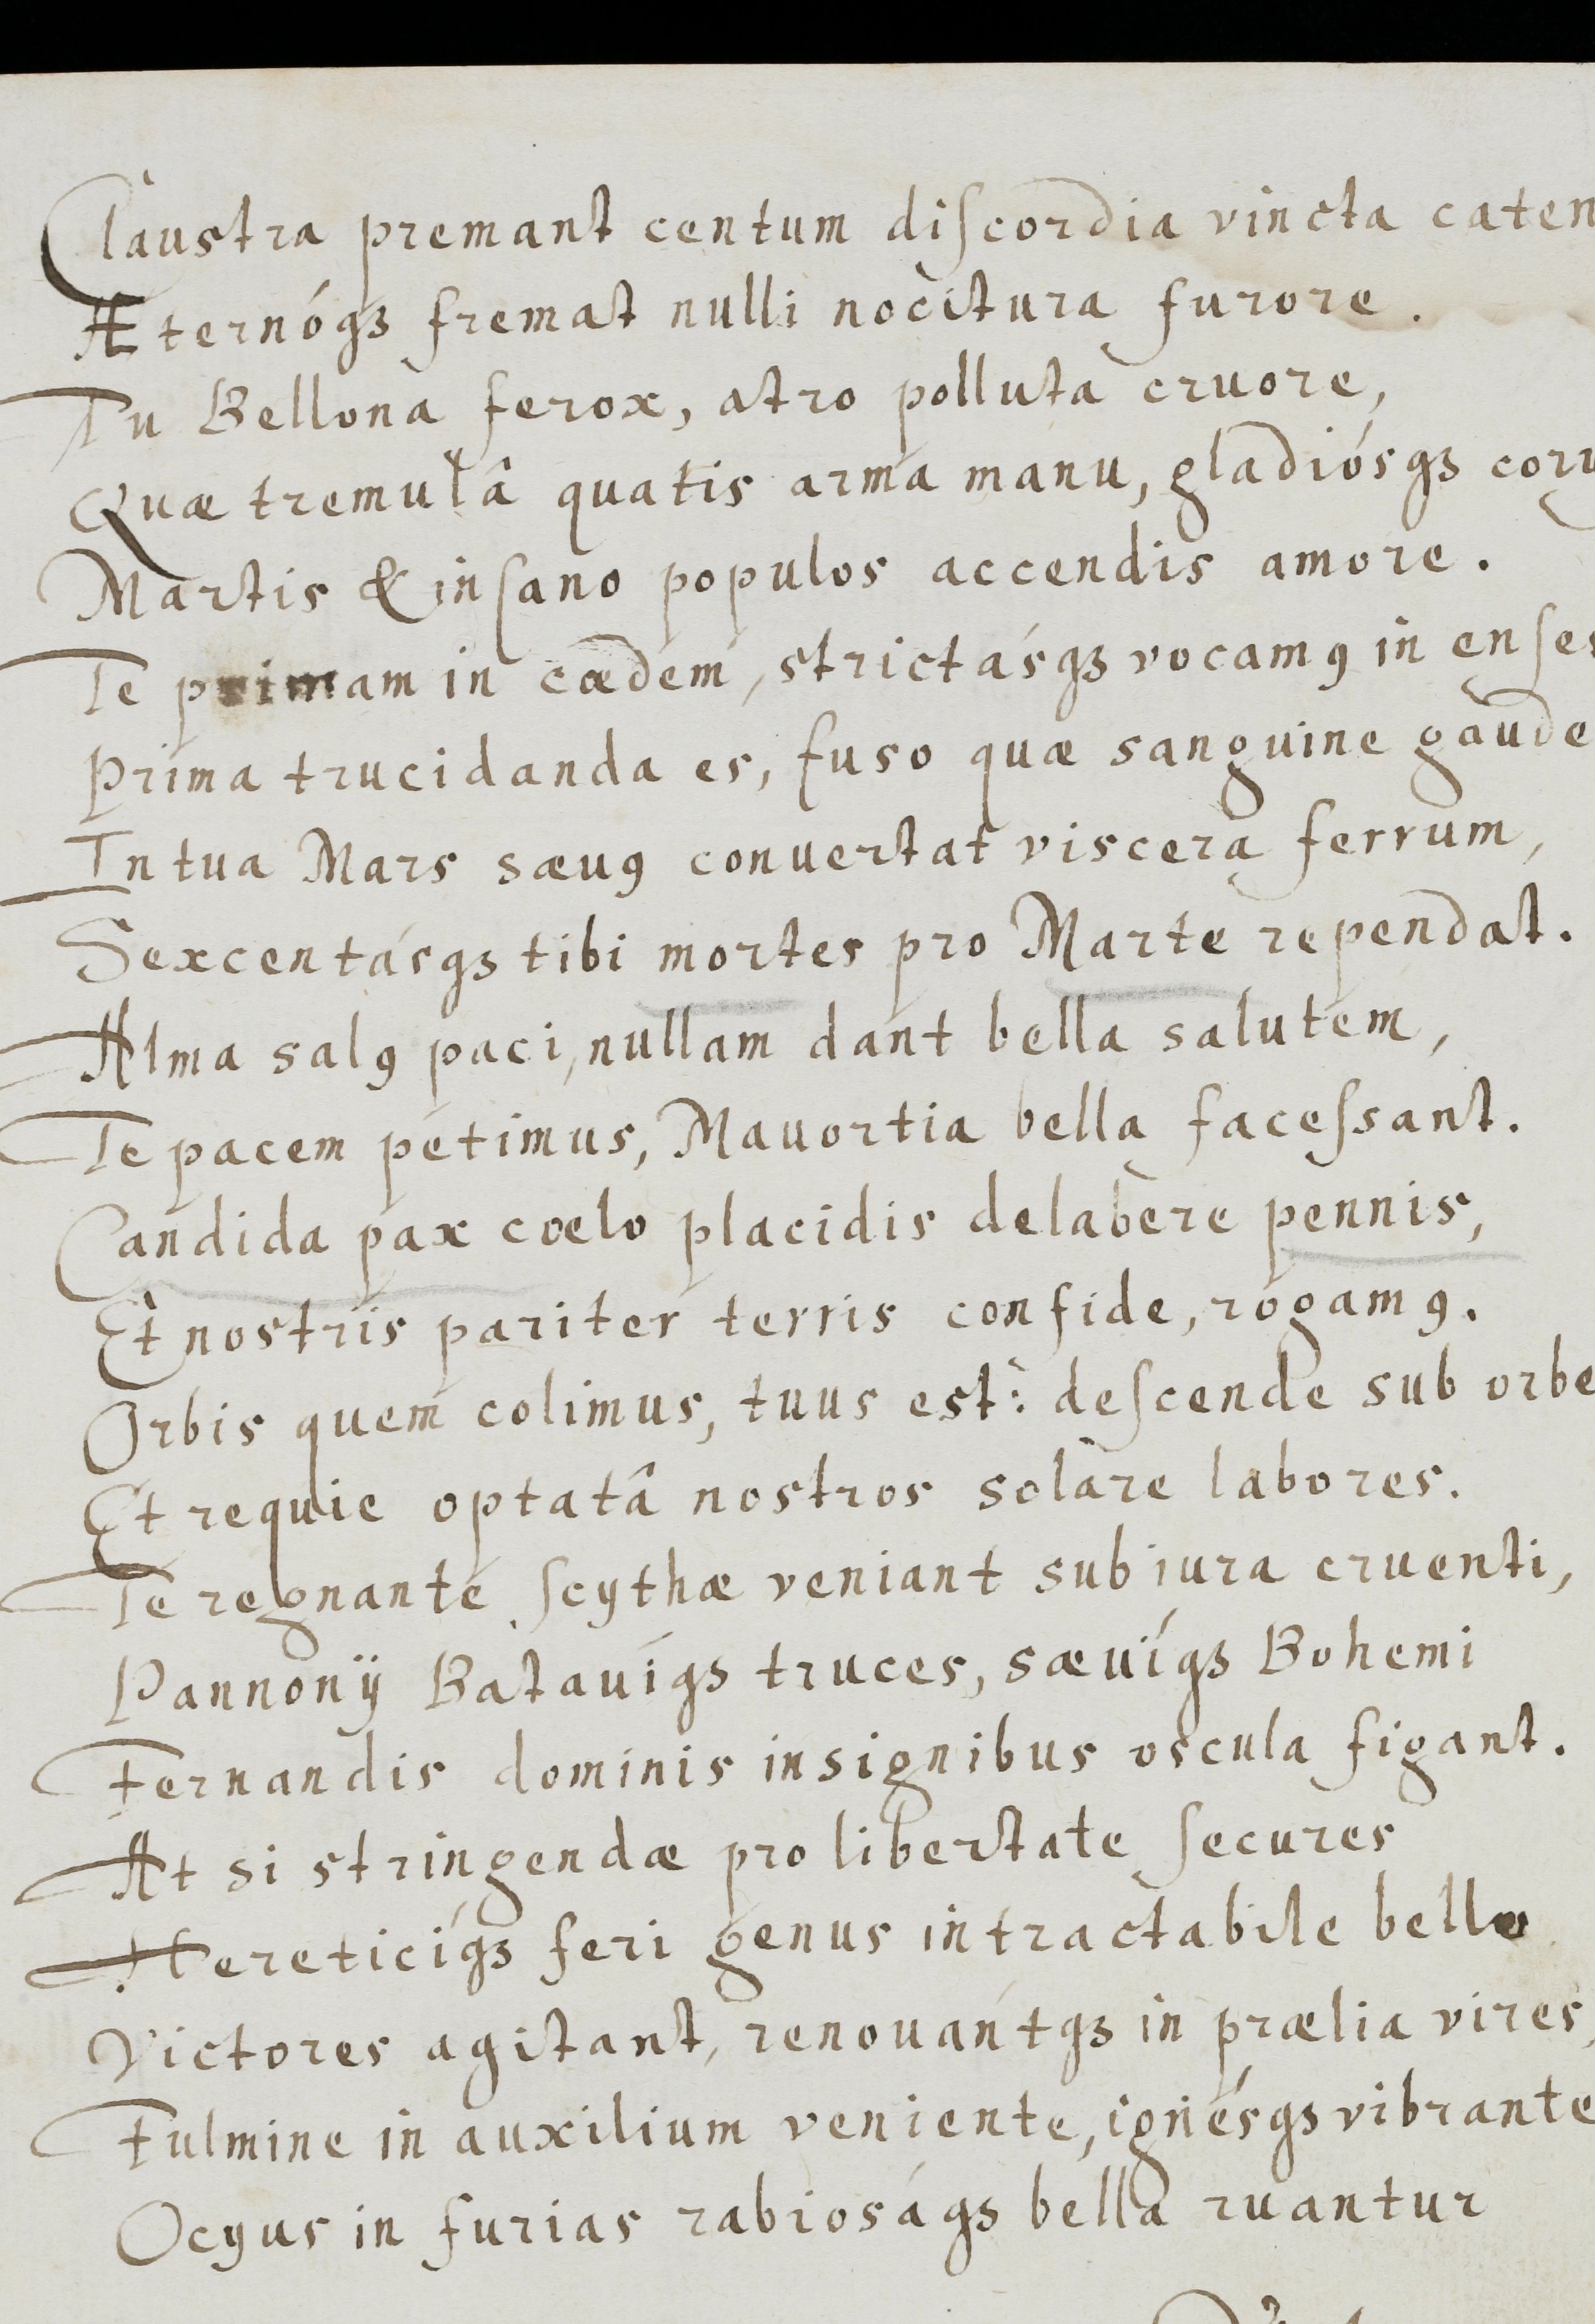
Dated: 1655–1655